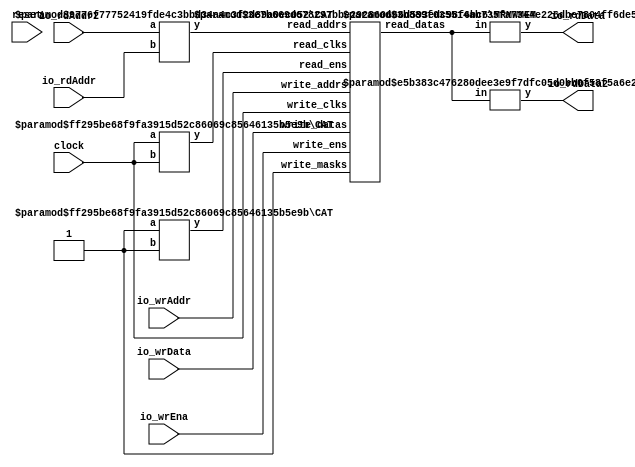
module Complex2R1WSMem(
    input clock,
    input reset,
    input [3:0] io_rdAddr,
    output [7:0] io_rdData,
    input [3:0] io_rdAddr2,
    output [7:0] io_rdData2,
    input io_wrEna,
    input [7:0] io_wrData,
    input [3:0] io_wrAddr
);
    wire [7:0] mem__T_21_data;
    wire mem__T_21_clk;
    wire mem__T_21_en;
    wire [3:0] mem__T_21_addr;
    wire [7:0] mem__T_22_data;
    wire mem__T_22_clk;
    wire mem__T_22_en;
    wire [3:0] mem__T_22_addr;
    wire mem__T_23_clk;
    wire mem__T_23_en;
    wire mem__T_23_mask;
    wire [3:0] mem__T_23_addr;
    wire [7:0] mem__T_23_data;
    wire [15:0] mem_read_datas;
    wire [1:0] mem_read_clks;
    wire [1:0] mem_read_ens;
    wire [7:0] mem_read_addrs;
    wire mem_write_clks;
    wire mem_write_ens;
    wire mem_write_masks;
    wire [3:0] mem_write_addrs;
    wire [7:0] mem_write_datas;
    BITS #(.width(16), .high(7), .low(0)) bits_1 (
        .y(mem__T_21_data),
        .in(mem_read_datas)
    );
    BITS #(.width(16), .high(15), .low(8)) bits_2 (
        .y(mem__T_22_data),
        .in(mem_read_datas)
    );
    CAT #(.width_a(1), .width_b(1)) cat_3 (
        .y(mem_read_clks),
        .a(mem__T_22_clk),
        .b(mem__T_21_clk)
    );
    CAT #(.width_a(1), .width_b(1)) cat_4 (
        .y(mem_read_ens),
        .a(mem__T_22_en),
        .b(mem__T_21_en)
    );
    CAT #(.width_a(4), .width_b(4)) cat_5 (
        .y(mem_read_addrs),
        .a(mem__T_22_addr),
        .b(mem__T_21_addr)
    );
    assign mem_write_datas = mem__T_23_data;
    assign mem_write_clks = mem__T_23_clk;
    assign mem_write_ens = mem__T_23_en;
    assign mem_write_addrs = mem__T_23_addr;
    assign mem_write_masks = mem__T_23_mask;
    MRMWMEM #(.depth(16), .addrbits(4), .width(8), .readernum(2), .writernum(1), .isSyncRead(1)) mem (
        .read_datas(mem_read_datas),
        .read_clks(mem_read_clks),
        .read_ens(mem_read_ens),
        .read_addrs(mem_read_addrs),
        .write_clks(mem_write_clks),
        .write_ens(mem_write_ens),
        .write_masks(mem_write_masks),
        .write_addrs(mem_write_addrs),
        .write_datas(mem_write_datas)
    );
    assign mem__T_21_addr = io_rdAddr;
    assign mem__T_21_en = 1'h1;
    assign mem__T_21_clk = clock;
    assign mem__T_22_addr = io_rdAddr2;
    assign mem__T_22_en = 1'h1;
    assign mem__T_22_clk = clock;
    assign mem__T_23_addr = io_wrAddr;
    assign mem__T_23_en = io_wrEna;
    assign mem__T_23_clk = clock;
    assign mem__T_23_mask = 1'h1;
    assign io_rdData = mem__T_21_data;
    assign io_rdData2 = mem__T_22_data;
    assign mem__T_23_data = io_wrData;
endmodule //Complex2R1WSMem
module BITS(y, in);
    parameter width = 4;
    parameter high = 2;
    parameter low = 0;
    output [high-low:0] y;
    input [width-1:0] in;
    assign y = in[high:low];
endmodule // BITS
module CAT(y, a, b);
    parameter width_a = 4;
    parameter width_b = 4;
    output [width_a+width_b-1:0] y;
    input [width_a-1:0] a;
    input [width_b-1:0] b;
    assign y = {a, b};
endmodule // CAT
module MRMWMEM(read_datas, read_clks, read_ens, read_addrs, write_clks, write_ens, write_masks, write_addrs, write_datas);
    parameter depth = 16;
    parameter addrbits = 4;
    parameter width = 32;
    parameter readernum = 2;
    parameter writernum = 2;
    parameter isSyncRead = 0;
    output [(width*readernum-1):0] read_datas;
    input [(1*readernum-1):0] read_clks;
    input [(1*readernum-1):0] read_ens;
    input [(addrbits*readernum-1):0] read_addrs;
    input [1*writernum-1:0] write_clks;
    input [1*writernum-1:0] write_ens;
    input [1*writernum-1:0] write_masks;
    input [(addrbits*writernum-1):0] write_addrs;
    input [(width*writernum-1):0] write_datas;
    reg [width-1:0] memcore [0:depth-1];
    wire [(addrbits*readernum-1):0] final_read_addrs;
    genvar gv_n;
    generate
        for (gv_n = 0; gv_n < readernum; gv_n = gv_n + 1) begin: get_final_raddrs
            if (isSyncRead) begin: raddr_processor
                reg [addrbits-1:0] read_addr_pipe_0;
                always @(posedge read_clks[gv_n]) begin
                    if (read_ens[gv_n]) begin
                        read_addr_pipe_0 <= read_addrs[gv_n*addrbits +: addrbits];
                    end
                end
                assign final_read_addrs[gv_n*addrbits +: addrbits] = read_addr_pipe_0;
            end else begin: raddr_processor
                assign final_read_addrs[gv_n*addrbits +: addrbits] = read_addrs[gv_n*addrbits +: addrbits];
            end
        end
    endgenerate
    genvar gv_k;
    generate
        for (gv_k = 0; gv_k < readernum; gv_k = gv_k + 1) begin: form_read_datas
            assign read_datas[gv_k*width +: width] = memcore[final_read_addrs[gv_k*addrbits +: addrbits]];
        end
    endgenerate
    integer i;
    always @(posedge write_clks[0]) begin
        for (i = 0; i < writernum; i = i + 1) begin
            if (write_ens[i] & write_masks[i]) begin
                memcore[write_addrs[i*addrbits +: addrbits]] <= write_datas[i*width +: width];
            end
        end
    end
endmodule // MRMWMEM